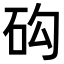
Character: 𥐾